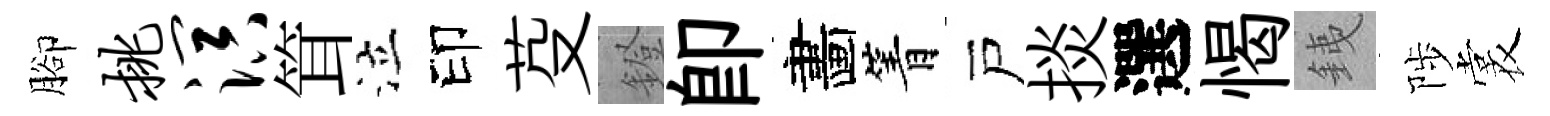
腳挑溟䇯泣印芟鐙即畵箐戸掞選愒銕陟裳